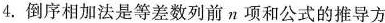
4.倒序相加法是等差数列前n项和公式的推导方